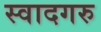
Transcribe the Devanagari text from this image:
स्वादगरु